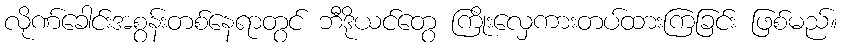
လိုဏ်ခေါင်းအစွန်းတစ်နေရာတွင် ဘီဒိုယင်တွေ ကြိုးလှေကားတပ်ထားကြခြင်း ဖြစ်မည်။